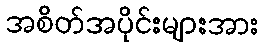
အစိတ်အပိုင်းများအား